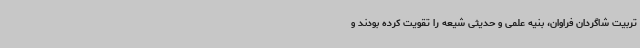
تربیت شاگردان فراوان، بنیه علمی و حدیثی شیعه را تقویت کرده بودند و